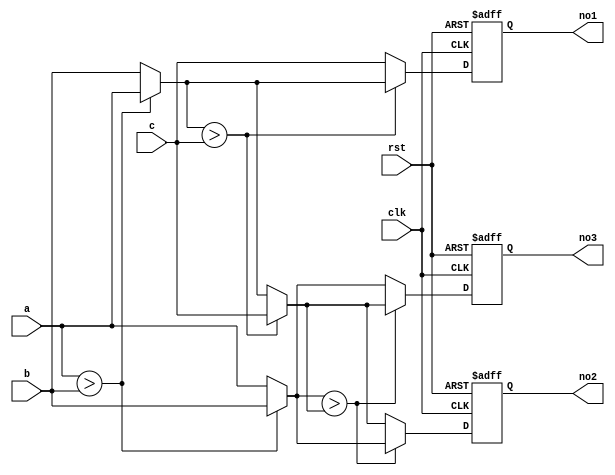
module sort1(no1,no2,no3,a,b,c,clk,rst);
parameter width=3;
output[width-1:0] no1,no2,no3;
input clk,rst;
input[width-1:0] a,b,c;

reg [width-1:0] no1,no2,no3;
reg [width-1:0] a_r,b_r,c_r;
reg [width-1:0] temp [0:2];
reg [width-1:0] buffer;
integer i,j;

always@(posedge clk or posedge rst)
begin
	if(rst)
	begin
		no1 <= 3'h0;
		no2 <= 3'h0;
		no3 <= 3'h0;
	end
	else
	begin
		no1 <= temp[2];
		no2 <= temp[1];
		no3 <= temp[0];
	end
end

always@(a or b or c)
begin
	a_r = a;
	b_r = b;
	c_r = c;
end

always@(a_r or b_r or c_r)
begin
	temp[0] = a_r;
	temp[1] = b_r;
	temp[2] = c_r;
	for(i=1;i>=0;i=i-1)
		for(j=0;j<=i;j=j+1)
			if(temp[j] > temp[j+1])
			begin
				buffer = temp[j+1];
				temp[j+1] = temp[j];
				temp[j] = buffer;
			end
end

endmodule